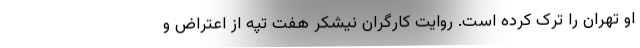
او تهران را ترک کرده است. روایت کارگران نیشکر هفت تپه از اعتراض و